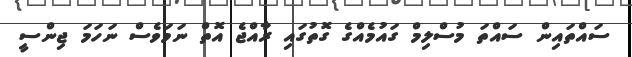
ސައްތައިން ސައްތަ މުސްލިމް ގައުމެއްގެ ގޮތުގައި ރާއްޖެ އޮތް ނަމަވެސް ނަހަމަ ޖިންސީ